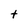
Character: t